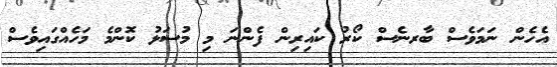
އެހެން ނަމަވެސް ބާރނެސް ކޯރު ކައިރިން ފެންނަ މި މުސަޅު ކޮންމެ މަހެއްގައިވެސް